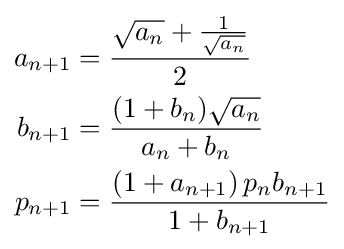
{\begin{aligned}a_{n+1}&={\frac {{\sqrt {a_{n}}}+{\frac {1}{\sqrt {a_{n}}}}}{2}}\\b_{n+1}&={\frac {(1+b_{n}){\sqrt {a_{n}}}}{a_{n}+b_{n}}}\\p_{n+1}&={\frac {(1+a_{n+1})\,p_{n}b_{n+1}}{1+b_{n+1}}}\end{aligned}}